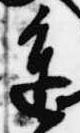
進